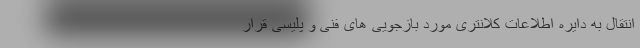
انتقال به دایره اطلاعات کلانتری مورد بازجویی های فنی و پلیسی قرار